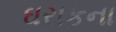
ઘરાકના